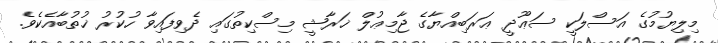
މިލިޔުމުގެ އަސްލަކީ ސަޢޫދީ ޢަރަބިއްޔާގެ ޖާމިޢުލް ޚަރާޝީ މިސްކިތުގައި ދެވިފައިވާ ހުކުރު ޚުތުބާއެކެވެ.